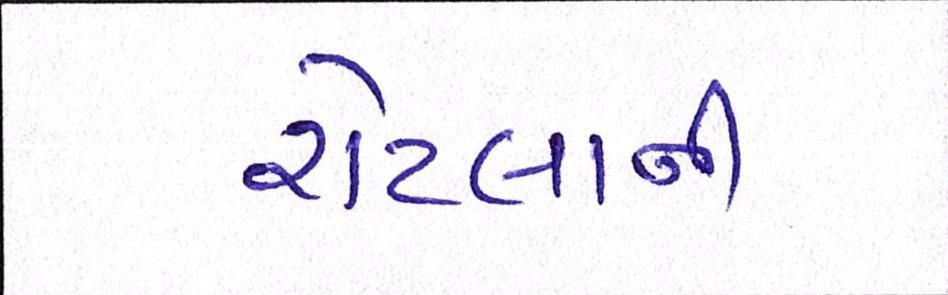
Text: રોટલાની